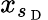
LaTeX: x_{s_{\mathrm{~D~}}}